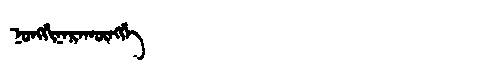
Manchu: ᠨᠣᠩᡤᡳᠨᠠᡵᠠᡴᡡᠩᡤᡝ
Romanization: NONGGINARAKŪNGGE